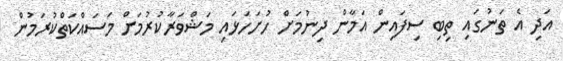
އަދި އެ ތަނުގައި ތިބި ސިފައިން އަމާން ދިނުމަށް ހުށަހަޅައި މަޝްވަރާކުރުމަށް މަސައްކަތްކުރަމުން